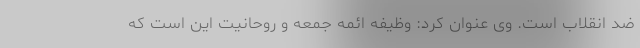
ضد انقلاب است. وی عنوان کرد: وظیفه ائمه جمعه و روحانیت این است که